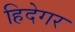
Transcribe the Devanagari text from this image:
हिदेगर